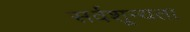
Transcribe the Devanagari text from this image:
सर्वशून्यता